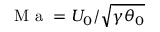
\mathrm { ~ M ~ a ~ } = U _ { 0 } / \sqrt { \gamma \theta _ { 0 } }